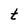
Character: t